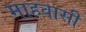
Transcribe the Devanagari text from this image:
माहवासी